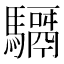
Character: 𩦣